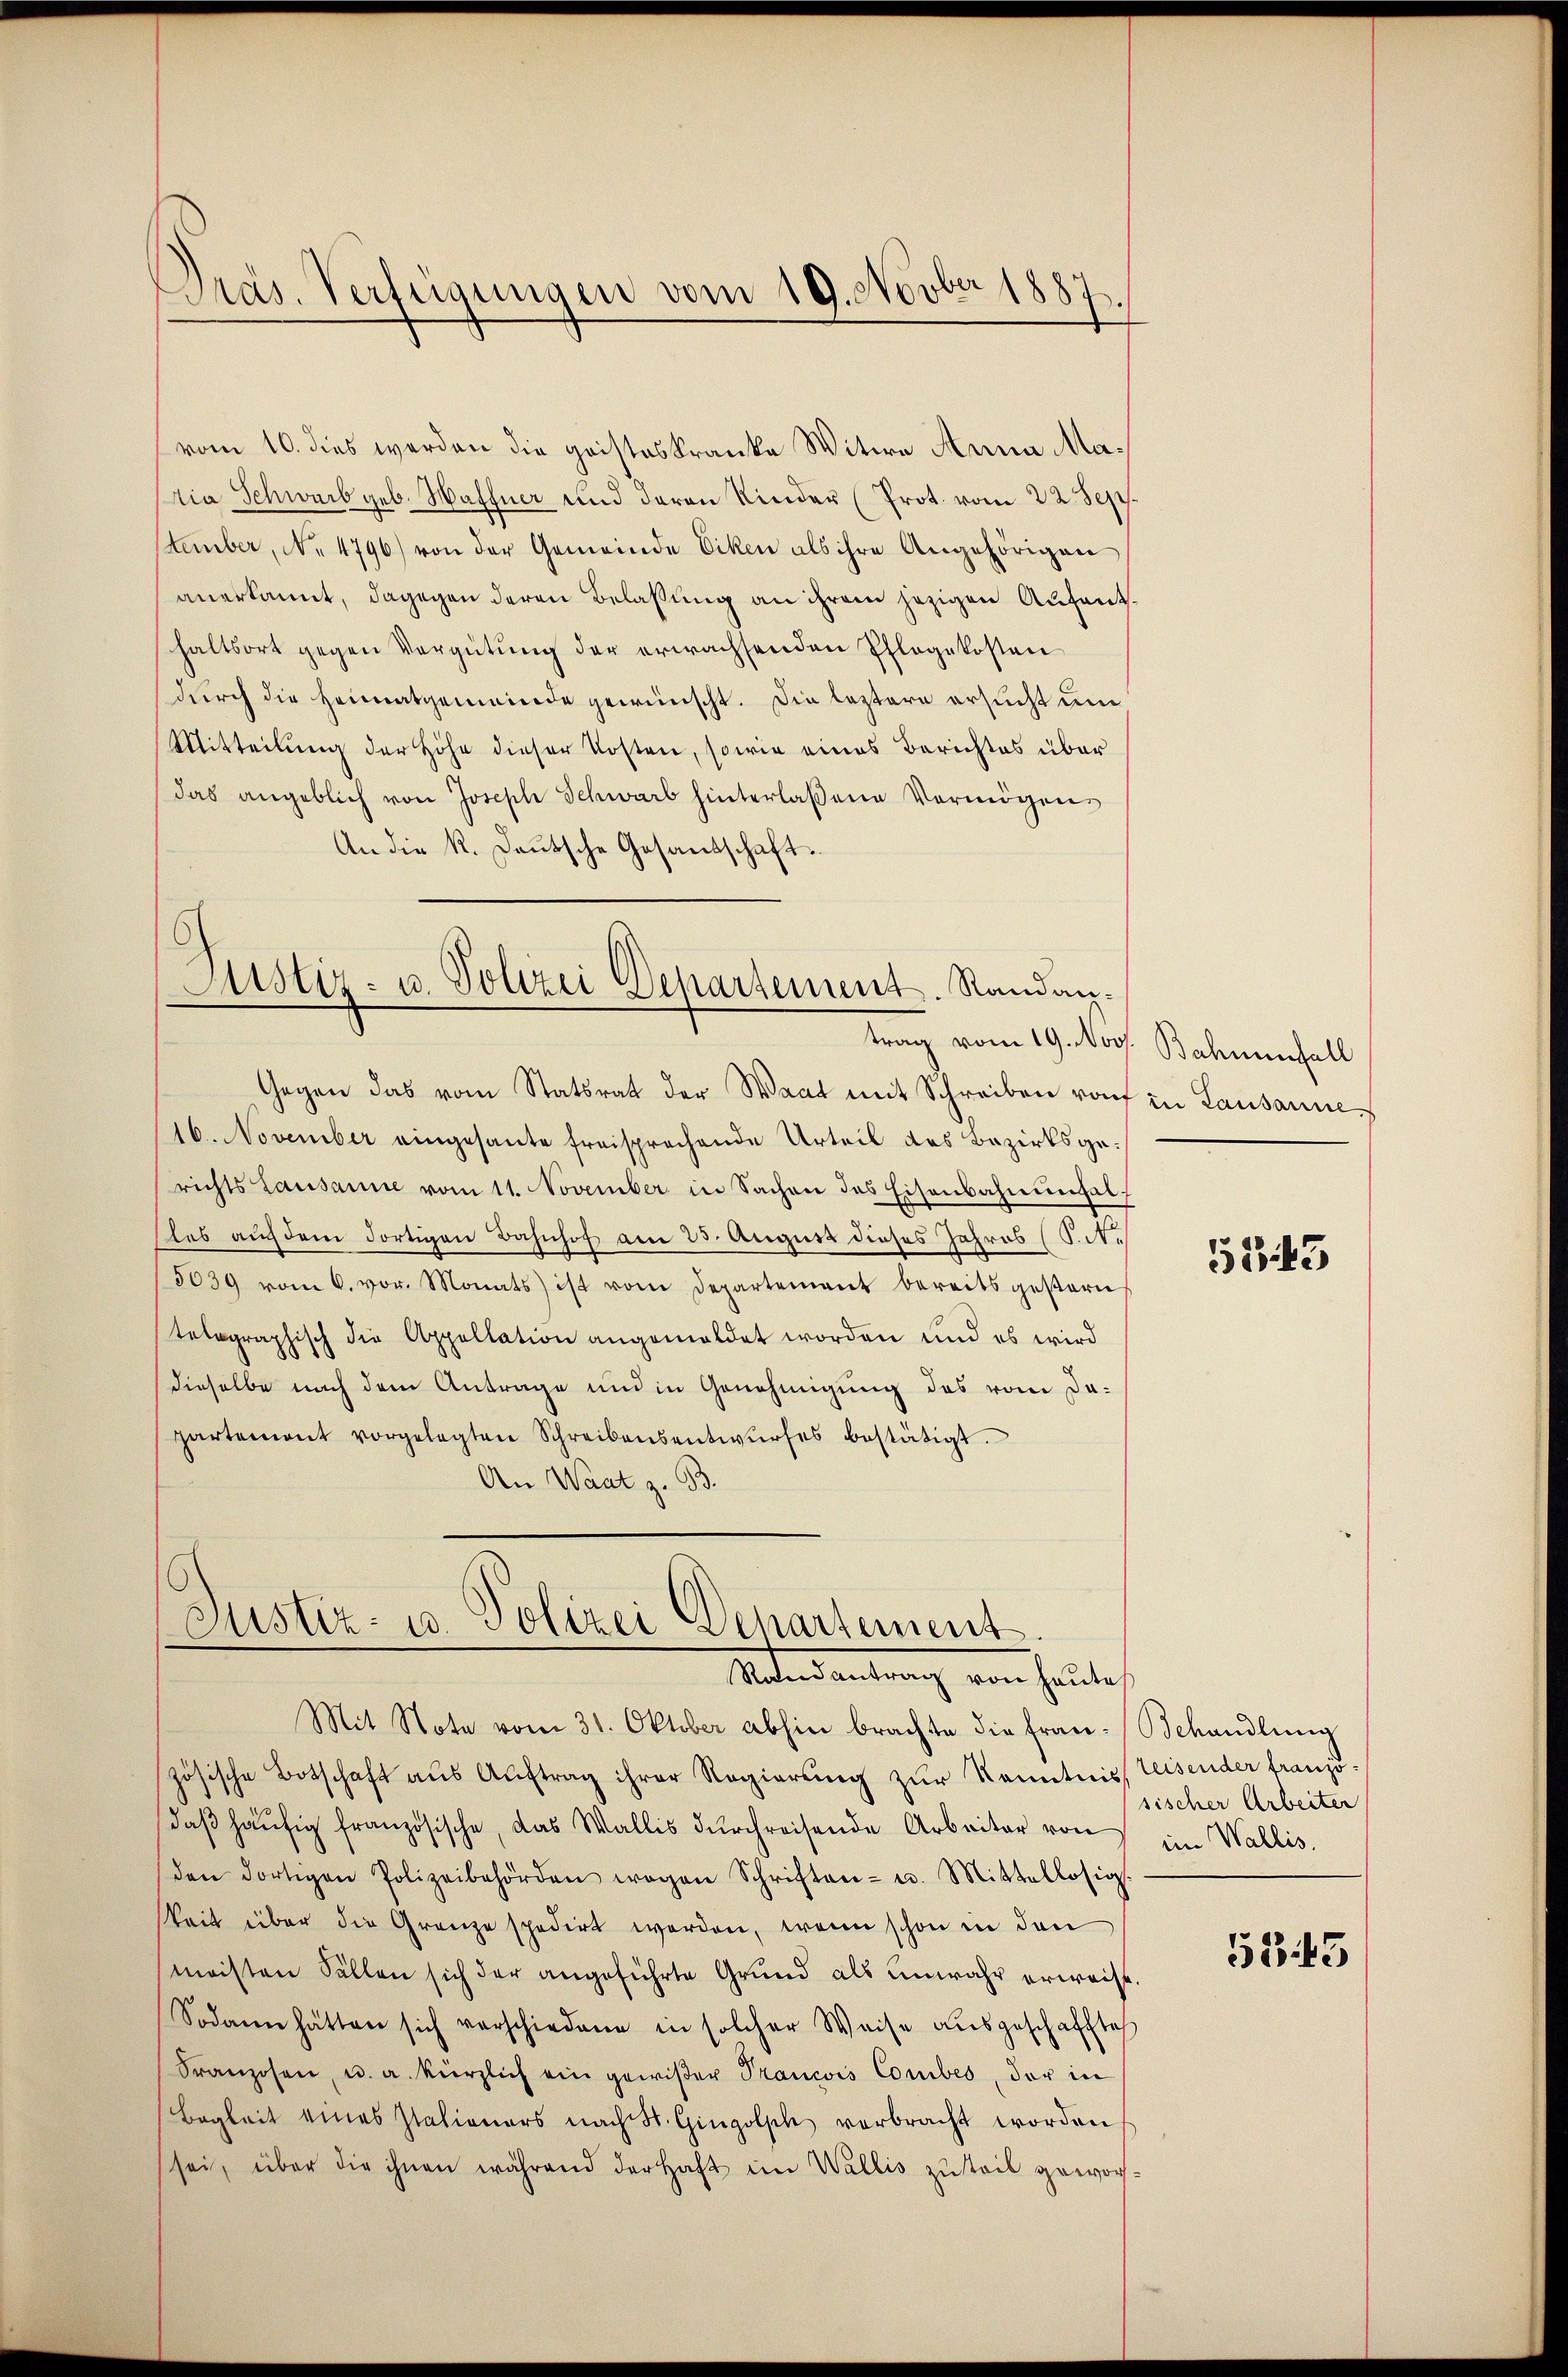
vom 10. dies worden die gristeskranke Witwe Anna Madia Schwarb geb. Haffner und deren Kinder (Prot. vom 22. Sep.
stember, No 4796) von der Gemeinde Eiken als ihre Angehörigen
anerkannt, dagegen deren Belassung an ihrem jezigen Aufenthaltsort gegen Vergütung der erwachsenden Pflegekosten
durch die Heimatgemeinde gewünscht. Die leztere ersucht und
Mitteilung der Höhe dieser Kosten, sowie eines Berichtes über
das angeblich von Joseph Schwarb hinterlaßene Vermögens
An die K. Deutsche Gesandschaft.

Präs. Verfügungen vom 19. Novber 1887.

Gegen das vom Statsrat der Waat mit Schreiben rof in Lausanne
16. November eingesante freisprechende Urteil des Bezirksgerichts Lausanne vom 11. November in Sachen des Eisenbahnungel
Eles auch dem dortigen Bahnhof am 23. August dieses Jahres (S. N.
5039 vom 6. vor. Monats ist vom Departement bereits gestern
telegraphisch die Appellation angemeldet worden und es wird
dieselbe nach dem Antrage und in Genehmigung des vom Da-
partement vorgelegten Schreibensentwŭrfes bestätigt.
An Waat z. B.

Justiz- u. Polizei Departement. Randan¬

Justiz- u. Polizei Departement.
Natersantrag von heute

Mit Note vom 31. Oktober abhin brachte die Fran-Behandlung
zösische Botschaft aus Aŭftrag ihrer Regierŭng zŭr Kenntniss leisender franzödaβ häŭfig französische, das Wallis dŭrchreisende Arbeiter von
den dortigen Polizeibehörden wegen Schriften- u. Mittellosig.
keit über die Grenze spedirt werden, wenn schon in den
meisten Fällen sich der angeführte Grund als unwahr erweise.
Sodann hätten sich verschiedene in solcher Weise aŭsgeschaffte
Franzosen, u. a. kürzlich ein gewißer Trancois Comibes, der in
Begleit eines Stationars nach St. Gingolph verbracht worden
sei, über die ihnen während der Haft im Wallis zuteil gewor¬

trag vom 19. Nov. Bahnenfall

535

sischer Arbeiter
im Wallis.

5343